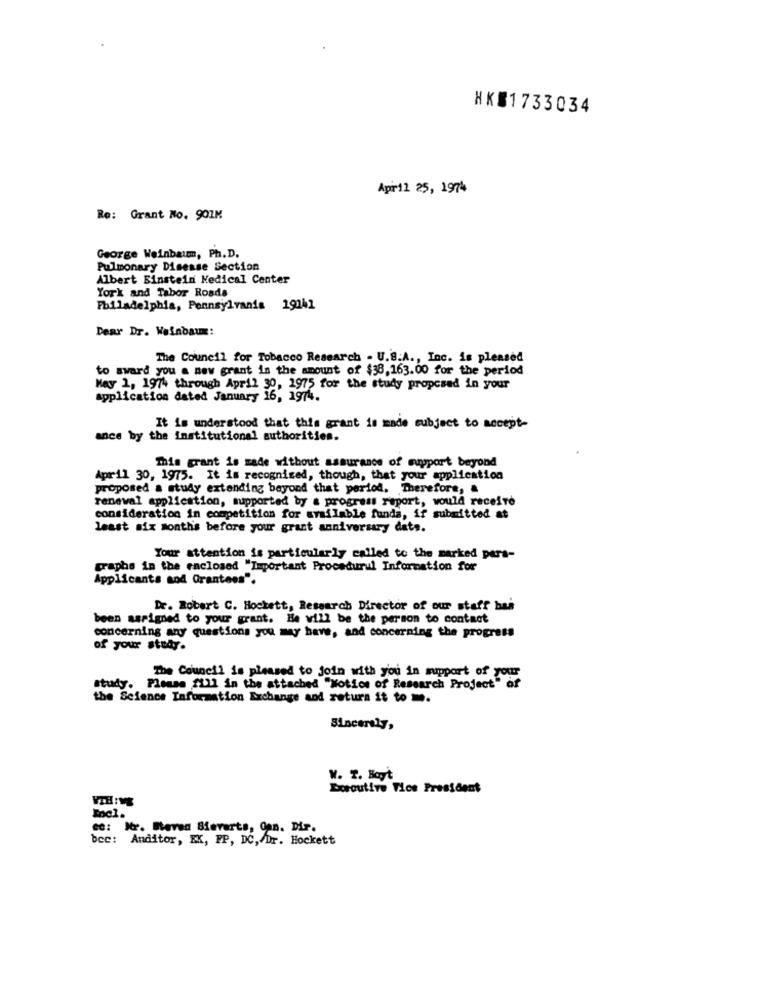
HK$1733034
Apar12 25, 1974
Re: Grant No. 901M
George Weinbaumm, Ph.D.
Pulmonary Disease Section
Albert Einstein Medical Center
York and Tabor Roads
Philadelphia, Pennsylvania 19141
Dear Dr. Weinbau:
The Council for Tobacco Research . U.S.A ., Inc. is pleased
to award you a new grant in the amount of $38,163.00 for the period
May 1, 1974 through April 30, 1975 for the study proposed in your
application dated January 16, 1974.
It is understood that this grant is made subject to accept-
ance by the institutional authorities.
This grant is made without assurance of support beyond
Apr-11 30, 1975. It is recognized, though, that your application
proposed a study extending beyond that period. Therefore, &
renewal application, supported by a progress report, would receive
consideration in competition for available funda, if submitted at
least six months before your grant anniversary dets.
Your attention is particularly called to the marked pers-
graphs in the enclosed "Important Procedurul Information for
Applicants sod Grantees".
Dr. Robert C. Hockett, Research Director of our staff hai
been assigned to your grant. He will be the person to contact
concerning any questions you may have, and concerning the progress
of your study.
The Council is pleased to join with you in mippart of your
study. Please [11] in the attached "Notice of Research Project" of
the Science Information Exchange and return it to .
W. T. Hoyt
Doroutive Vice President
Ge: Mr. Bevan Blevarts, Can. Dir.
bcc: Anditor, EK, FP, DC, Dr. Hockett